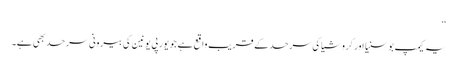
‘‘
یہ کیمپ بوسنیا اور کروشیا کی سرحد کے قریب واقع ہے جو یورپی یونین کی بیرونی سرحد بھی ہے۔